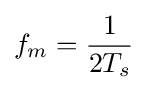
f_{m}={\frac {1}{2T_{s}}}